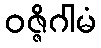
ဝဇ္ဇိဂါမံ